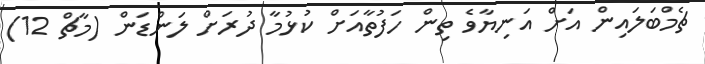
ޗެމްބަލައިން އަށް އަނިޔާވެ ތިން ހަފުތާއަށް ކުޅުމާ ދުރަށް ލަންޑަން (މާޗް 12)